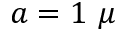
a = 1 ~ \mu